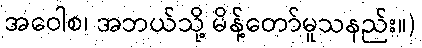
အဝေါစ၊ အဘယ်သို့ မိန့်တော်မူသနည်း။)